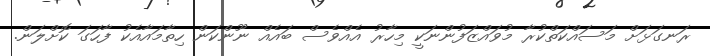
ރަނގަޅަށް މަސައްކަތްކުރާ މުވައްޒަފުންނަކީ މިހާރު އެއްވެސް ބައެއް ނޫންކަން ހިތާމައާއެކު ފާހަގަ ކޮށްލަން.